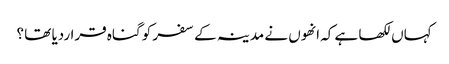
کہاں لکھا ہے کہ انھوں نے مدینہ کے سفر کو گناہ قراردیا تھا ؟